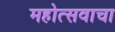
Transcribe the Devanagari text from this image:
महोत्सवाचा